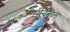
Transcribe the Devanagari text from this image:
मंनितोल